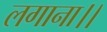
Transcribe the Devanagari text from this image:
लगाना।।